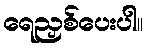
ရေညှစ်ပေးပါ။